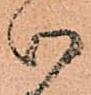
御